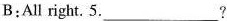
B:All right. 5.?